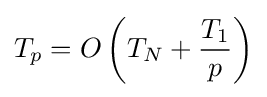
T_{p}=O\left(T_{N}+{\frac {T_{1}}{p}}\right)